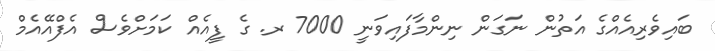
ބައިވެރިއެއްގެ އަތުން ނަގަން ނިންމާފައިވަނީ 7000 ރ. ގެ ފީއެއް ކަމަށްވެސް އެފްއޭއެމް